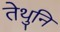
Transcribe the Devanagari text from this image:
तेथुनि